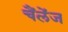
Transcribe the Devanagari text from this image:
चैंलेंज